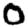
Digit: 0